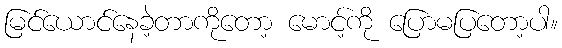
မြင်ယောင်နေခဲ့တာကိုတော့ မောင့်ကို ပြောမပြတော့ပါ။